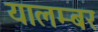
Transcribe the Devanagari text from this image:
यालम्बर